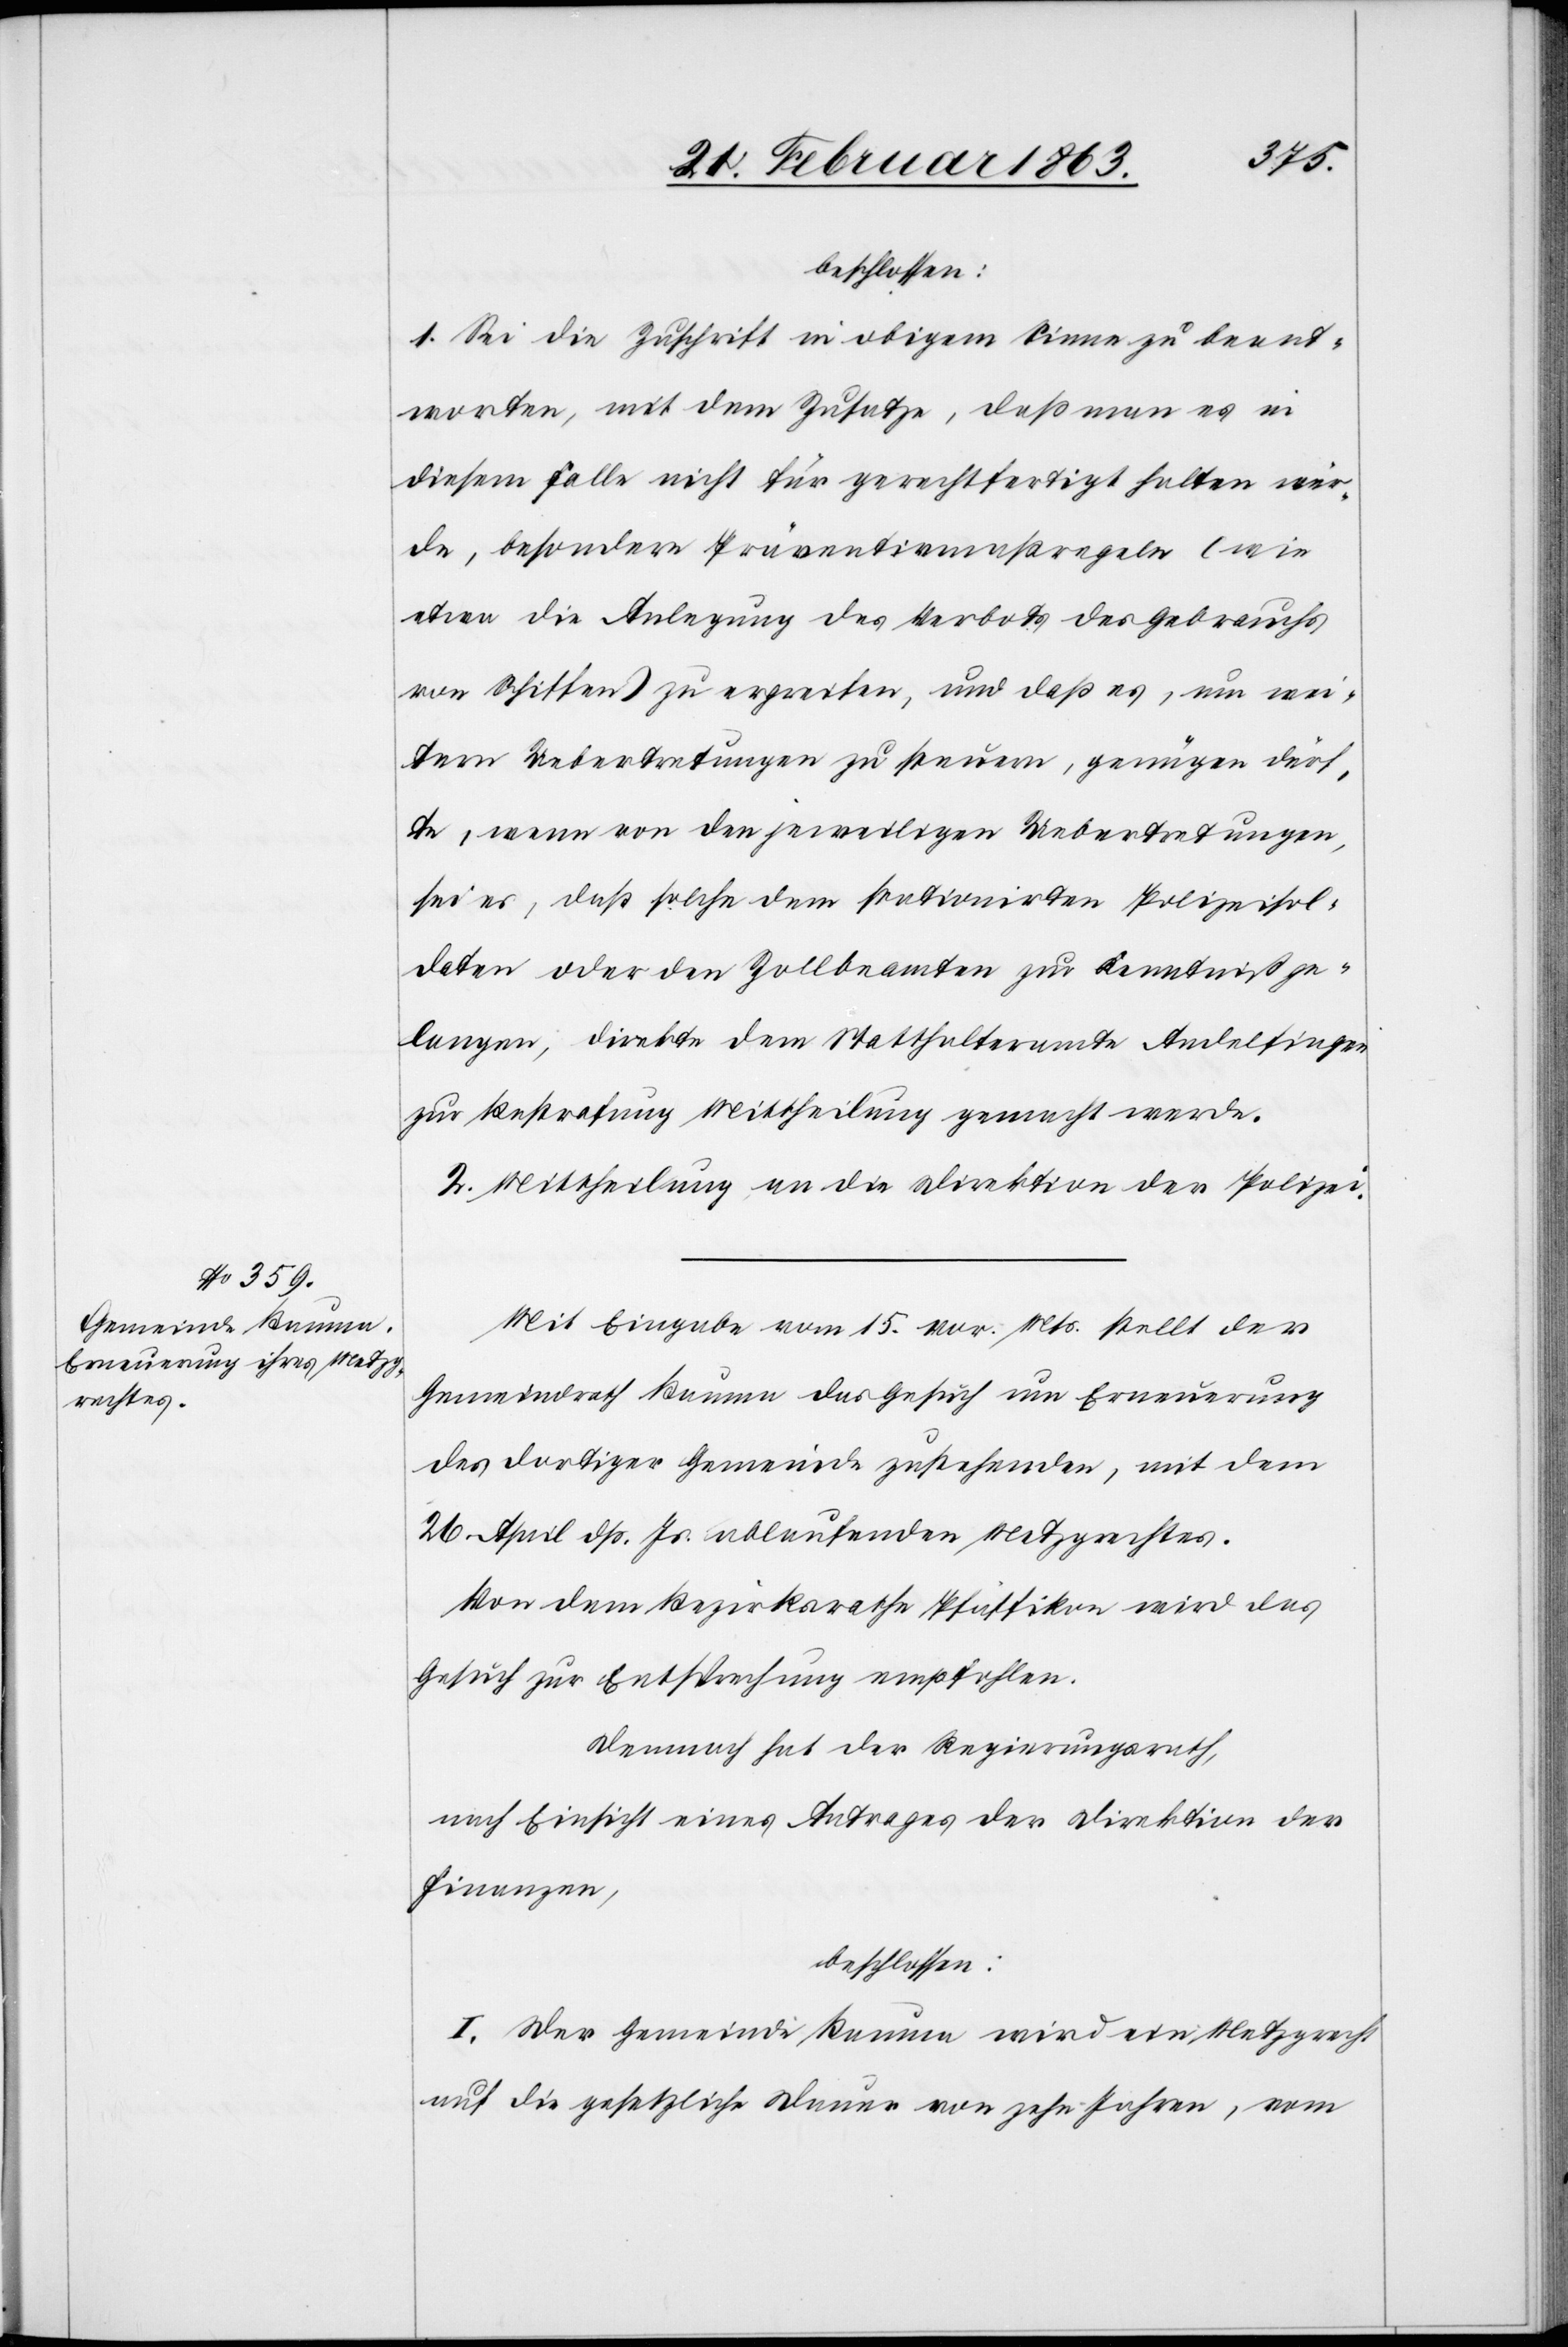
beschlossen:
1. Sei die Zuschrift in obigem Sinne zu beant¬
worten, mit dem Zusatze, daß man es in
diesem Falle nicht für gerechtfertigt halten wür¬
de, besondere Präventivmaßregeln (wie
etwa die Anlegung des Verbots des Gebrauchs
von Schiffen) zu ergreifen, und daß es, um wei¬
tern Uebertretungen zu steuern, genügen dürf¬
te, wenn von den jeweiligen Uebertretungen,
sei es, daß solche dem stationirten Polizeisol¬
daten oder den Zollbeamten zur Kenntniß ge¬
langen, direkte dem Statthalteramte Andelfingen
zur Bestrafung Mittheilung gemacht werde.
2. Mittheilung an die Direktion der Polizei.
Mit Eingabe vom 15. vor. Mts. stellt der
Gemeindrath Bauma das Gesuch um Erneuerung
des dortiger Gemeinde zustehenden, mit dem
26. April dß. Js. ablaufenden Metzgrechtes.
Von dem Bezirksrathe Pfäffikon wird das
Gesuch zur Entsprechung empfohlen.
Demnach hat der Regierungsrath,
nach Einsicht eines Antrages der Direktion der
Finanzen,
beschlossen:
I. Der Gemeinde Bauma wird ein Metzgrecht
auf die gesetzliche Dauer von zehn Jahren, vom